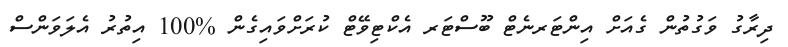
ދިރާގު ވަގުތުން ގެއަށް އިންޓަރނެޓް ބޫސްޓަރ އެކްޓިވޭޓް ކުރަށްވައިގެން %100 އިތުރު އެލަވަންސް